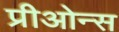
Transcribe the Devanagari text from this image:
प्रीओन्स